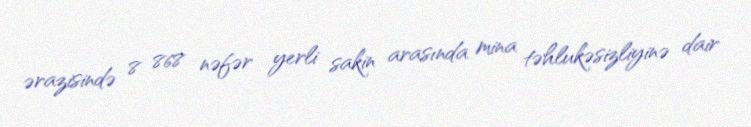
ərazisində 8 868 nəfər yerli sakin arasında mina təhlukəsizliyinə dair